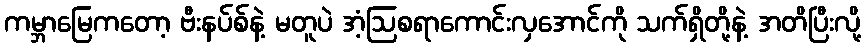
ကမ္ဘာမြေကတော့ ဗီးနပ်စ်နဲ့ မတူပဲ အံ့ဩစရာကောင်းလှအောင်ကို သက်ရှိတို့နဲ့ အတိပြီးလို့